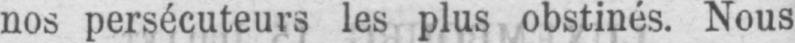
nos persécuteurs les plus obstinés. Nous